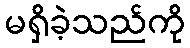
မရှိခဲ့သည်ကို